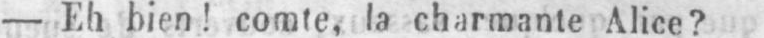
- Eh bien! comte, la charmante Alice?